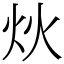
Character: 炏